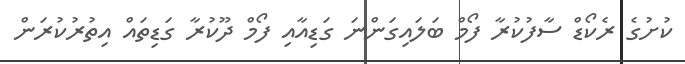
ކުށުގެ ރެކޯޑް ސާފުކުރާ ފޯމް ބަލައިގަންނަ ގަޑިއާއި ފޯމް ދޫކުރާ ގަޑިތައް އިތުރުކުރަން